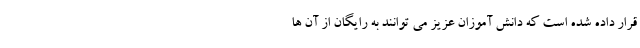
قرار داده شده است که دانش آموزان عزیز می توانند به رایگان از آن ها